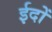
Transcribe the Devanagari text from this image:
ईदों